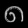
Digit: ၈